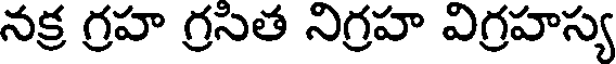
నక్ర గ్రహ గ్రసిత నిగ్రహ విగ్రహస్య